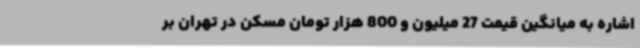
اشاره به میانگین قیمت 27 میلیون و 800 هزار تومان مسکن در تهران بر